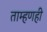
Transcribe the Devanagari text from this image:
ताम्हणही